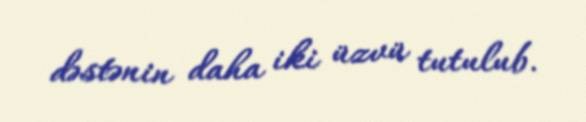
dəstənin daha iki üzvü tutulub.